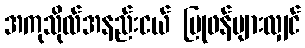
အကုသိုလ်အနည်းငယ် ပြုဖန်များလျှင်